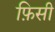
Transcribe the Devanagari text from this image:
फ़िसी